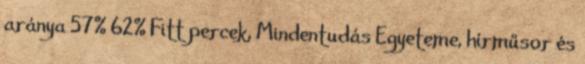
aránya 57% 62% Fitt percek, Mindentudás Egyeteme, hírműsor és